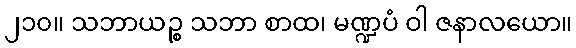
၂၁၀။ သဘာယဉ္စ သဘာ စာထ၊ မဏ္ဍပံ ဝါ ဇနာလယော။